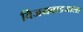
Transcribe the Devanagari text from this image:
विजयवाडयाला